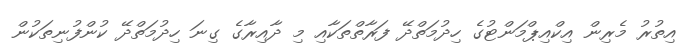
އިތުރު މެރިން އިކްއިޕްމަންޓުގެ ހިދުމަތްދޭ ފަރާތްތަކާއި މި ދާއިރާގެ ގިނަ ހިދުމަތްދޭ ކުންފުނިތަކުން